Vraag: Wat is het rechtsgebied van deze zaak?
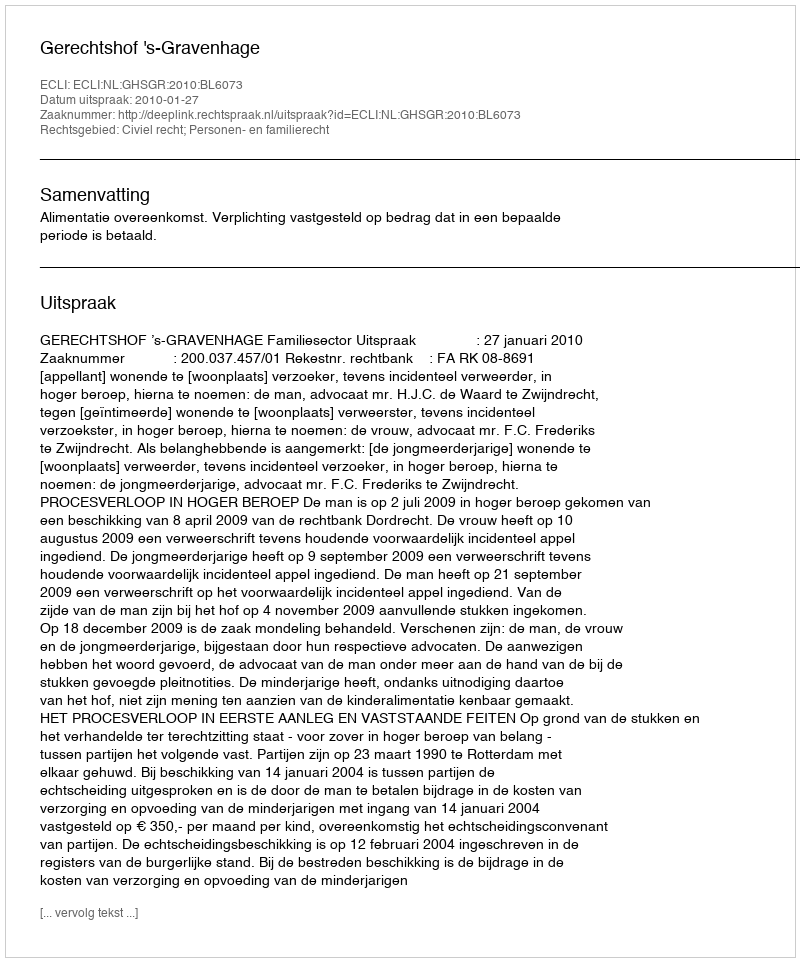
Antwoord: Civiel recht; Personen- en familierecht